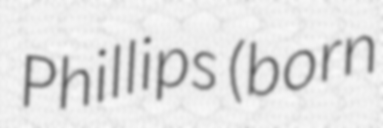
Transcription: Phillips (born